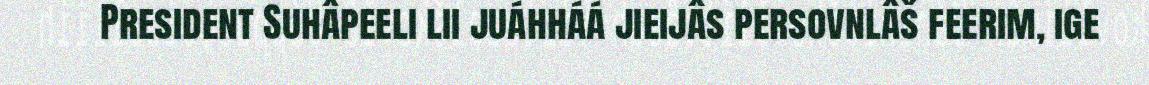
President Suhâpeeli lii juáhháá jieijâs persovnlâš feerim, ige